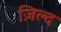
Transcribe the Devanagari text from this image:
ज़िल्द